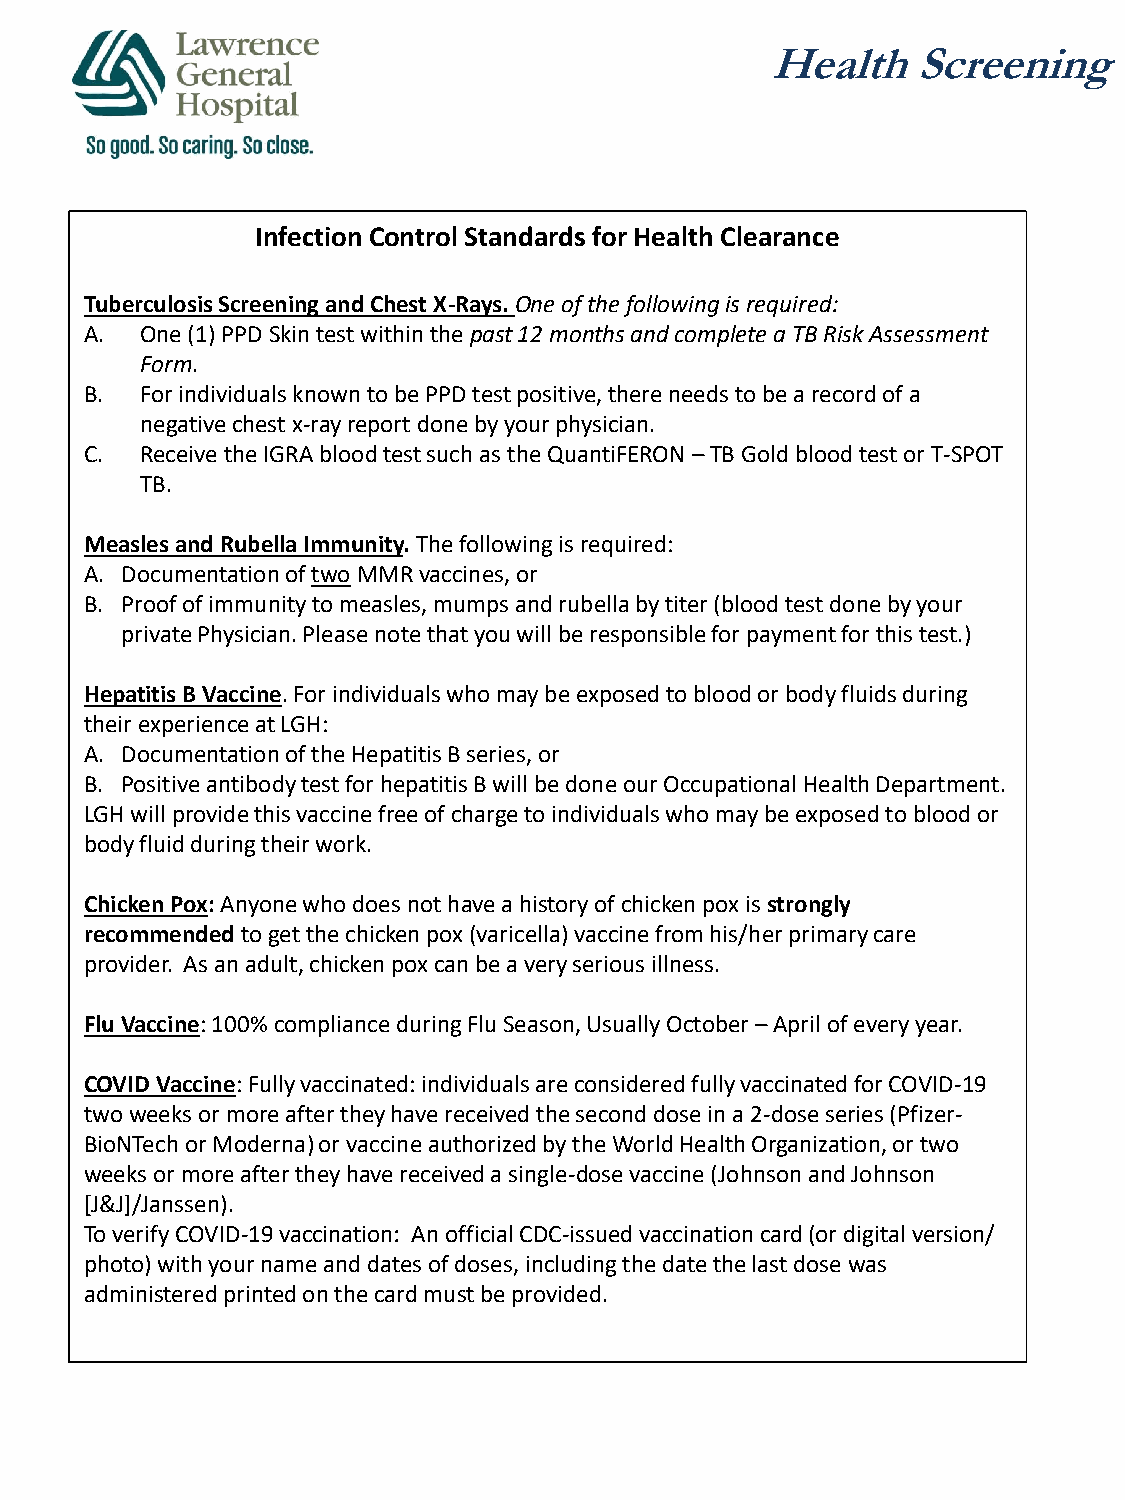
Health    Screening
 Infection Control Standards for Health Clearance
 Tuberculosis Screening and Chest X-Rays. One of the following is required:
 A. One (1) PPD Skin test within the past 12 months and complete a TB Risk Assessment
 Form.
 B. For individuals known to be PPD test positive, there needs to be a record of a
 negative chest x-ray report done by your physician.
 C. Receive the IGRA blood test such as the QuantiFERON –TB Gold blood test or T-SPOT
 TB.
 Measles and Rubella Immunity. The following is required:
 A. Documentation of twoMMRvaccines, or
 B. Proof of immunity to measles, mumps and rubella by titer (blood test done by your
 private Physician. Please note that you will be responsible for payment for this test.)
 Hepatitis B Vaccine. For individuals who may be exposed to blood or body fluids during
 their experience at LGH:
 A. Documentation of the Hepatitis B series, or
 B. Positive antibody test for hepatitis B will be done our Occupational Health Department.
 LGH will provide this vaccine free of charge to individuals who may be exposed to blood or
 body fluid during their work.
 Chicken Pox: Anyone who does not have a history of chicken pox is strongly
 recommended to get the chicken pox (varicella) vaccine from his/her primary care
 provider. As an adult, chicken pox can be a very serious illness.
 Flu Vaccine: 100% compliance during Flu Season, Usually October –April of every year.
 COVID Vaccine: Fully vaccinated: individuals are considered fully vaccinated for COVID-19
 two weeks or more after they have received the second dose in a 2-dose series (Pfizer-
 BioNTechor Moderna) or vaccine authorized by the World Health Organization, or two
 weeks or more after they have received a single-dose vaccine (Johnson and Johnson
 [J&J]/Janssen).
 To verify COVID-19 vaccination: An official CDC-issued vaccination card (or digital version/
 photo) with your name and dates of doses, including the date the last dose was
 administered printed on the card must be provided.